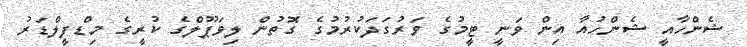
ޝެންހާއީ ޝެންހުއާ އިން ވަނީ ޓީމުގެ ވަރުގަދަކުރުމުގެ ގޮތުން ލިވަޕޫލްގެ ކުރީގެ މިޑްފީލްޑަރު